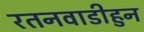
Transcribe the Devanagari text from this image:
रतनवाडीहुन